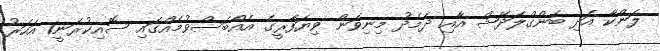
ލަންކާ އަދި ބަންގްލަދޭޝް އާއި ދެމެދު މިނިވަން ވިޔަފާރީގެ އެއްބަސްވުމެއްގައި ސޮއިކުރަނީ1 އަހަރު